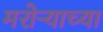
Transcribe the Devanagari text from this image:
मरोऱ्याच्या